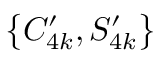
\big \{ C _ { 4 k } ^ { \prime } , S _ { 4 k } ^ { \prime } \big \}